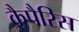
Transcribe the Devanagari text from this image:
कैपैरिस